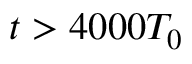
t > 4 0 0 0 T _ { 0 }